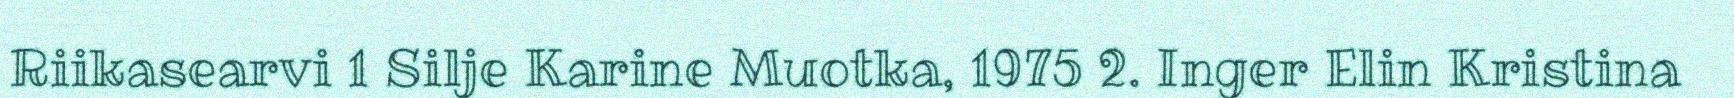
Riikasearvi 1 Silje Karine Muotka, 1975 2. Inger Elin Kristina